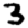
Digit: 3